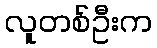
လူတစ်ဦးက